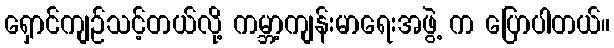
ရှောင်ကျဉ်သင့်တယ်လို့ ကမ္ဘာ့ကျန်းမာရေးအဖွဲ့ က ပြောပါတယ်။